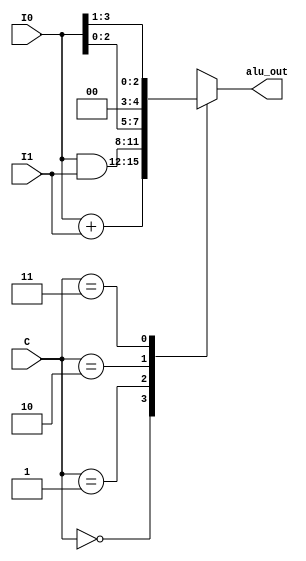
// ALU - Raj & Athul
module alu ( input signed[3:0]I0,I1, input [1:0]C, output reg [3:0]alu_out);

always@(*)
begin
	case(C)
	2'b00:
	alu_out = I0+I1;	// Performs Addition
	2'b01:
	alu_out = I0&I1;	// Performs Bit-wise AND
	2'b10:
	alu_out = I0<<1;	// Performs Logical Left Shift
	2'b11:
	alu_out = I0>>1;	// Performs Logical Right Shift
	endcase
end

endmodule